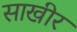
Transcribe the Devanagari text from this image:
साखीर